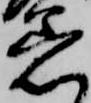
着